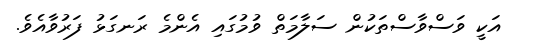
އަކީ ވަސްވާސްތަކުން ސަލާމަތް ވުމުގައި އެންމެ ރަނގަޅު ފަރުވާއެވެ.